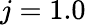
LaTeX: j=1.0